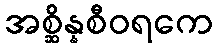
အစ္ဆိန္နစီဝရကေ